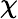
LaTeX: \chi